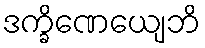
ဒက္ခိဏေယျေဘိ